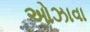
ઓઝાવા